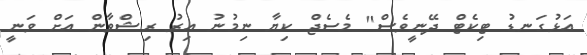
އަޅުގަނޑު ޓިކެޓް ދޭނީވެސް" މެސެޖް ކިޔާ ނިމުނު އިރު ރިޝްވާން އަށް ވަނީ